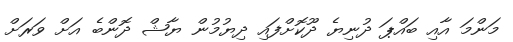
މަންމަ އާއި ބައްޕަ ދުނިޔެ ދޫކޮށްފައި ދިޔުމުން ޔާޝް ދޮންބެ އަށް ވަރަށް